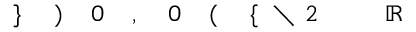
\! \! \! \! \! \! \! \! \! \! \! \ensuremath { \! \! \! \! \! \! \! \! \! \! \! \! \mathbb { R } } \! \! \! \! \! \! \! \! \! \! \! \! ^ { \! } \! \! \! \! \! \! \! \! \! \! \! 2 \! \! \! \! \! \! \! \! \! \! \! \! \setminus \! \! \! \! \! \! \! \! \! \! \! \! \{ \! \! \! \! \! \! \! \! \! \! \! \! ( \! \! \! \! \! \! \! \! \! \! \! \! 0 \! \! \! \! \! \! \! \! \! \! \! \! , \! \! \! \! \! \! \! \! \! \! \! \! 0 \! \! \! \! \! \! \! \! \! \! \! \! ) \! \! \! \! \! \! \! \! \! \! \! \! \} \! \! \! \! \! \! \! \! \! \! \!